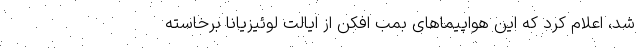
شد، اعلام کرد که این هواپیماهای بمب افکن از ایالت لوئیزیانا برخاسته